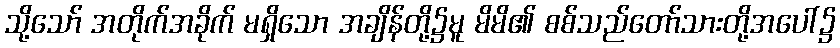
သို့သော် အတိုက်အခိုက် မရှိသော အချိန်တို့၌မူ မိမိ၏ စစ်သည်တော်သားတို့အပေါ်၌